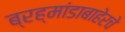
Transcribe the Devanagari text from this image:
ब्रह्मांडाबाहेरचे